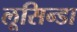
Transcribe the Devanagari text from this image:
लूसिन्डा